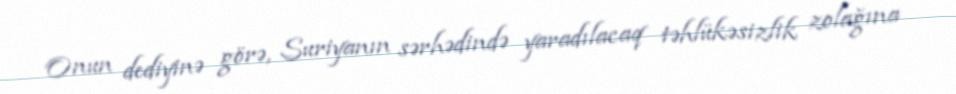
Onun dediyinə görə, Suriyanın sərhədində yaradılacaq təhlükəsizlik zolağına